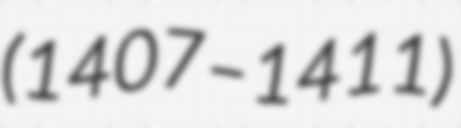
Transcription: (1407–1411)